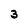
Character: 3